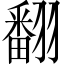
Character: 翻